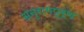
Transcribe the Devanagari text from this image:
अनुरागपूर्ण